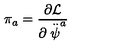
\pi _ { a } = \frac { \partial { \cal L } } { \partial \stackrel { . . } { \psi } ^ { a } }